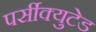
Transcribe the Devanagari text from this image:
पर्सीक्युटेड